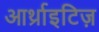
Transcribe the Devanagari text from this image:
आर्थ्राइटिज़